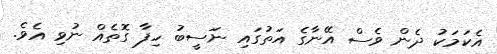
އެކަމަކު ދެން ވެސް އޭނާގެ އަތުގައި ނަސީބު ހިފާ ގޮތެއް ނުވި އެވެ.